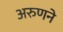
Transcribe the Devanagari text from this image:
अरुणने